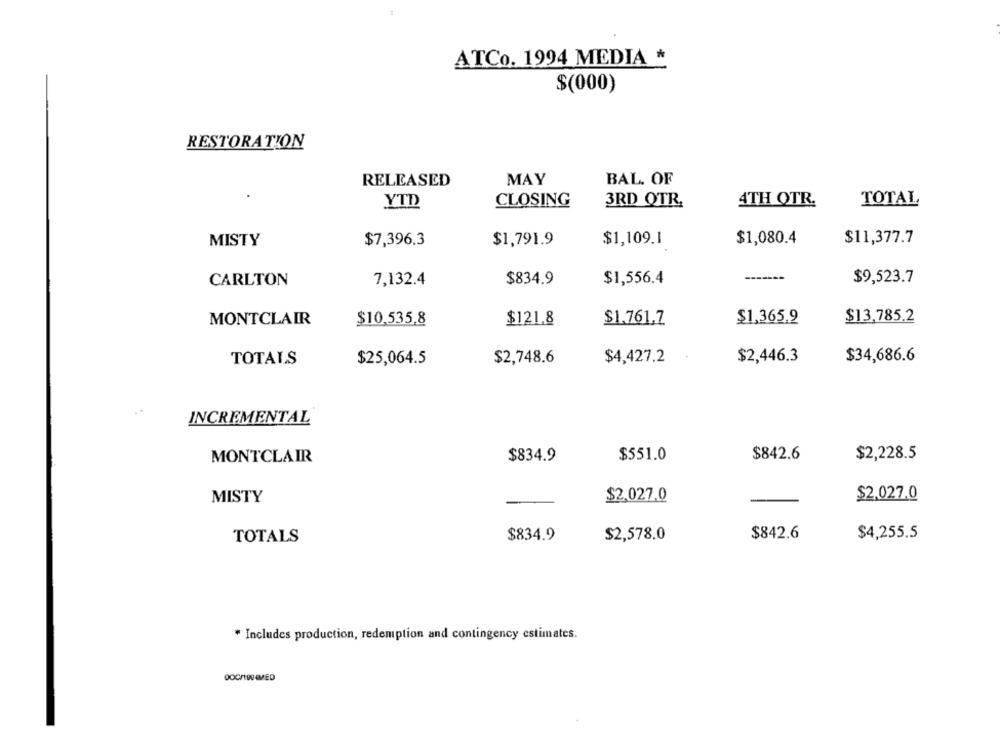
ATCo. 1994 MEDIA *
$(000)
RESTORATION
BAL. OF
RELEASED
MAY
3RD QTR
4TH QTR.
YTD
CLOSING
TOTAL
$7,396.3
$1,791.9
$1,080.4
MISTY
$1,109.1
$11,377.7
CARLTON
7,132.4
$834.9
$1,556.4
-------
$9,523.7
MONTCLAIR
$10,535,8
$121.8
$1.761.7
$1,365.9
$13,785.2
TOTALS
$2,748.6
$4,427.2
$2,446.3
$34,686.6
$25,064.5
INCREMENTAL
$834.9
$551.0
$842.6
$2,228.5
MONTCLAIR
MISTY
$2.027.0
$2.027.0
TOTALS
$834.9
$2,578.0
$842.6
$4,255.5
* Includes production, redemption and contingency estimates.
DOC/WOMED